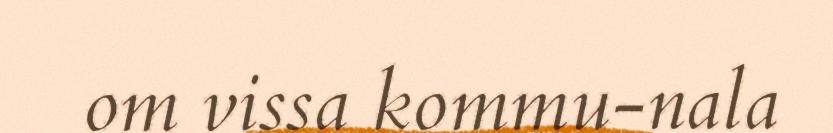
om vissa kommu-nala